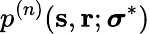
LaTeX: p^{(n)}(\mathbf{s},\mathbf{r};\boldsymbol{\sigma}^{\ast})